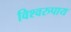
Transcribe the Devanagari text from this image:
विश्वरुपाय